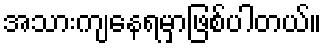
အသားကျနေရမှာဖြစ်ပါတယ်။